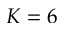
K = 6